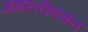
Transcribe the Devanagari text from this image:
अगस्तीवचन